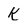
Character: k